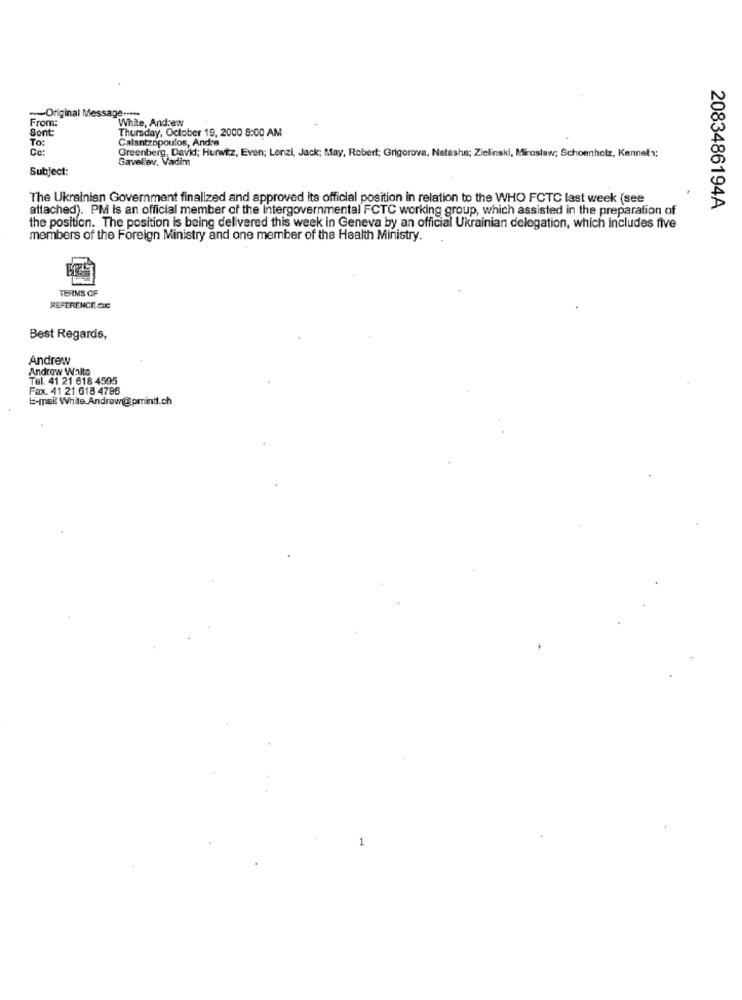
-- Original Message .....
From:
White, Andrew
Sont:
To:
Calantzopoulos, Andre
Thursday, October 19, 2000 8:00 AM
Ce:
Greenberg, David; Hurwitz, Even; Lenzi, Jack; May, Robert; Grigorova, Natasha; Zielinski, Miroslaw; Schoenholz, Kennelx;
Gavellev, Vadim
Subject:
The Ukrainian Government finalized and approved its official position in relation to the WHO FCTC last week (see
attached). PM is an official member of the intergovernmental FCTC working group, which assisted in the preparation of
2083486194A
the position. The position is being delivered this week in Geneva by an official Ukrainian delegation, which includes five
members of the Foreign Ministry and one member of the Health Ministry.
TERMS OF
REFERENCE Cuc
Best Regards,
Andrew
Androw White
Tel. 41 21 618 4595
Fax. 41 21 618 4796
E-mail White.Andrew@printf.ch
1